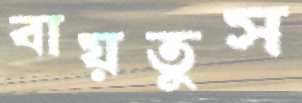
বায়তুস